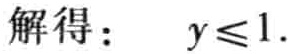
解得：\(y\leqslant1\)